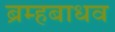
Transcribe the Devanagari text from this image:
ब्रम्हबाधव